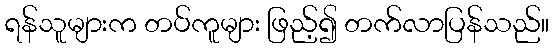
ရန်သူများက တပ်ကူများ ဖြည့်၍ တက်လာပြန်သည်။